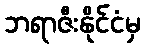
ဘရာဇီးနိုင်ငံမှ